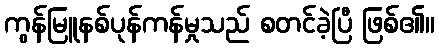
ကွန်မြူနစ်ပုန်ကန်မှုသည် စတင်ခဲ့ပြီ ဖြစ်၏။